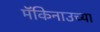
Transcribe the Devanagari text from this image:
मॅकिनाउच्या